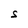
Character: S